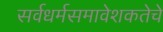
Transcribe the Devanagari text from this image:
सर्वधर्मसमावेशकतेचे